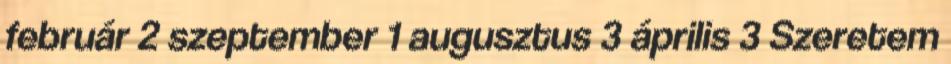
február 2 szeptember 1 augusztus 3 április 3 Szeretem